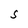
Character: S